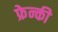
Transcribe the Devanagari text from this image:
फ्रेन्की